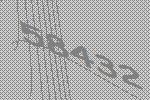
58432